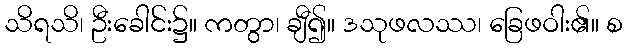
သိရသိ၊ ဦးခေါင်း၌။ ကတွာ၊ ချီ၍။ ဒသုဖလဿ၊ ခြေဖဝါး၏။ စ